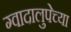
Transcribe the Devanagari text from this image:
ग्वादालुपेच्या